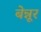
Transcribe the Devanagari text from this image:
बेन्नूर